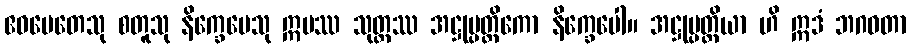
ဧဝမေတေသု စတူသု နိက္ခေပေသု ဣမဿ သုတ္တဿ အဋ္ဌုပ္ပတ္တိကော နိက္ခေပေါ။ အဋ္ဌုပ္ပတ္တိယာ ဟိ ဣဒံ ဘဂဝတာ